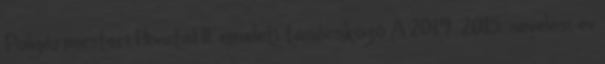
Polgármesteri Hivatal II. emeleti tanácskozó A 2014 2015. nevelési év